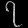
Digit: ၇